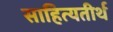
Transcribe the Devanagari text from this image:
साहित्यतीर्थ